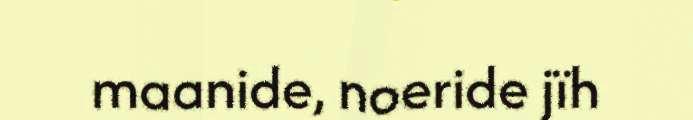
maanide, noeride jïh